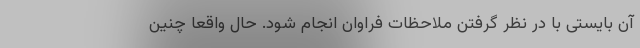
آن بایستی با در نظر گرفتن ملاحظات فراوان انجام شود. حال واقعا چنین